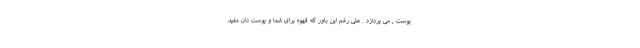
پوست , می پردازد . علی رغم این باور که قهوه برای شما و پوست تان مفید